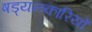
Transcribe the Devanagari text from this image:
षड्यन्त्र्कारियों